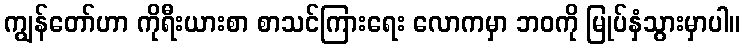
ကျွန်တော်ဟာ ကိုရီးယားစာ စာသင်ကြားရေး လောကမှာ ဘဝကို မြုပ်နှံသွားမှာပါ။